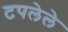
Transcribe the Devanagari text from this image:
टपलेले